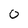
Character: 0